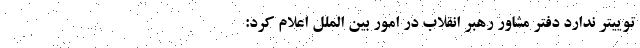
توییتر ندارد دفتر مشاور رهبر انقلاب در امور بین الملل اعلام کرد: